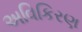
અવિકિરણ